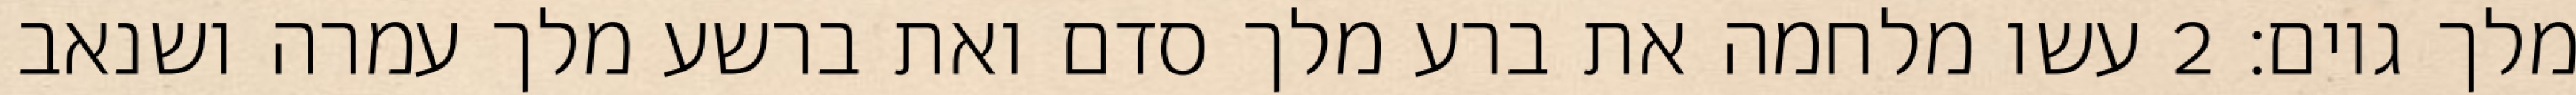
מלך גוים׃ ‎2‏ עשו מלחמה את ברע מלך סדם ואת ברשע מלך עמרה ושנאב